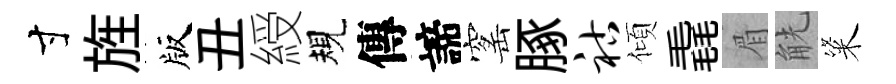
寸旌版丑綬規傳諦窰䐁祜傾毳眉觥粢